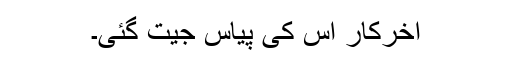
آخرکار اس کی پیاس جیت گئی۔